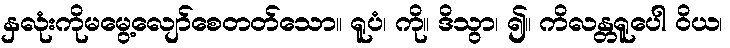
နှလုံးကိုမမွေ့လျော်စေတတ်သော။ ရူပံ၊ ကို။ ဒိသွာ၊ ၍။ ကိလန္တရူပေါ ဝိယ၊